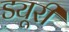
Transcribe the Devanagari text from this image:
ड्यूरी